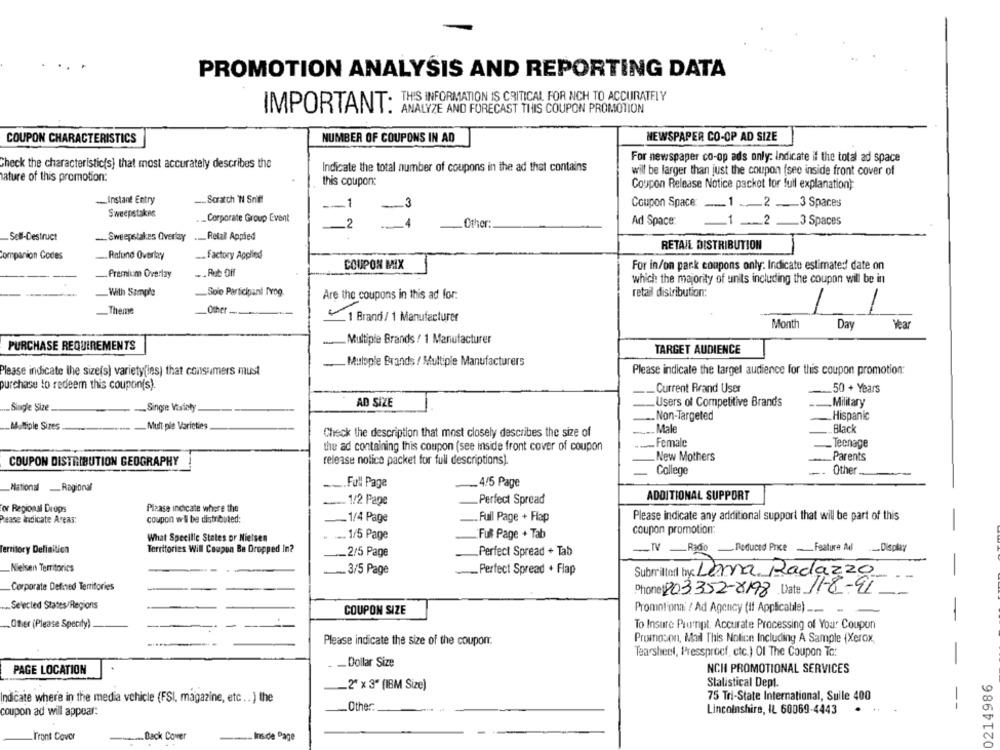
PROMOTION ANALYSIS AND REPORTING DATA
THIS INFORMATION IS CRITICAL FOR NCH TO ACCURATELY
IMPORTANT:
ANALYZE AND FORECAST THIS COUPON PROMOTION
COUPON CHARACTERISTICS
NUMBER OF COUPONS IN AD
NEWSPAPER CO-OP AD SIZE
For newspaper co-op ads only: Indicate il the total ad space
Check the characteristic(s) that most accurately describes the
Indicate the total number of coupons in the ad that contains
will be larger than just the coupon (see inside front cover of
ature of this promotion:
this coupon:
Coupon Release Notice packet for full explanation):
Instant Entry
... Scratch 'N Snif!
Coupon Space: ___ 1 .2 .3 Spaces
-- 1
Sweepstakes
_ Corporate Group Event
-3
2
Other
Ad Space:
_1 __ 2 _3 Spaces
Sell-Destruct
.Sweepstakes Overlay ._ Retall Appled
RETAIL DISTRIBUTION
companion Codes
.Ralund Overlay
. factory Applied
COUPON MIX
For in/on pack coupons only: Indicate estimated date on
- Premium Overlay
.. Aut Off
which the majority of units including the coupon will be in
With Sample
Solo Participant Prog.
retail distribution:
Are the coupons in this ad for.
1
-Theme
Other -
1 Brand/ 1 Manufacturer
Month
Day
Year
PURCHASE REQUIREMENTS
_Multiple Brands / 1 Manufacturer
TARGET AUDIENCE
Mulople Brands / Multiple Manufacturers
Please indicate the size(s) variety(les) that consumers must
Please indicate the target audience for this coupon promotion:
purchase to redeem this coupon(s).
Current Rrand User
50 + Years
AD SIZE
Users of Competitive Brand's
Military
Single Size
-Singe Variety
Non-Targeted
Hispanic
Multiple Sizes
Mult ple Varieties
Check the description that most closely describes the size of
Male
Black
Female
Teenage
the ad containing this coupon (see inside front cover of coupon
New Mothers
Parents
COUPON DISTRIBUTION GEOGRAPHY
release notice packet for full descriptions).
College
Other
National Ragional
--. Fall Paga
.4/5 Page
-
1/2 Page
Perfect Spread
ADDITIONAL SUPPORT
for Regional Drops
Please indicate where the
coupon wil be distributed:
Full Page + Flap
Please indicate any additional support that will be part of this
Please indicate Areas:
1/4 Page
coupon promotion:
What Specilie States or Nielsen
. 1/5 Page
Full Page + Tab
TV -Rado .Reduced Price - Feature Ad __ Display
Territory Definition
Territories Will Coupon Be Dropped In?
2/5 Page
Perfect Spread + Tab
Nielsen Territorics
.. 3/5 Page
_Perfect Spread + Flap
Submitted by: Lema Radazzo
Corporate Defined Territories
Phone 203352-8198 Date 11-8-91
Selected States/Regions
COUPON SIZE
Promotiona: / Ad Agency (if Applicabile) ___..
-
.Other (Please Specify)
To Insure Plumnpt. Accurate Processing of Your Coupon
Please indicate the size of the coupon.
Promoson, Mail This Notice Including A Sample (Xerox,
Tearsheet, Pressprocf, etc.) Of The Coupon To:
Dollar Size
PAGE LOCATION
NCH PROMOTIONAL SERVICES
Stalistical Dept.
0214986
-2" x 3" (IBM Size)
75 Tri-State International, Suile 400
dicate where in the media vehicle (FSI, magazine, etc .. ) the
--
coupon ad will appear:
_Other:
Lincolnshire, IL 60069-4443
wwwwww. Back Cover
Front Cover
. Ins de Page